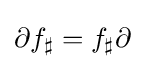
\partial f_{\sharp }=f_{\sharp }\partial